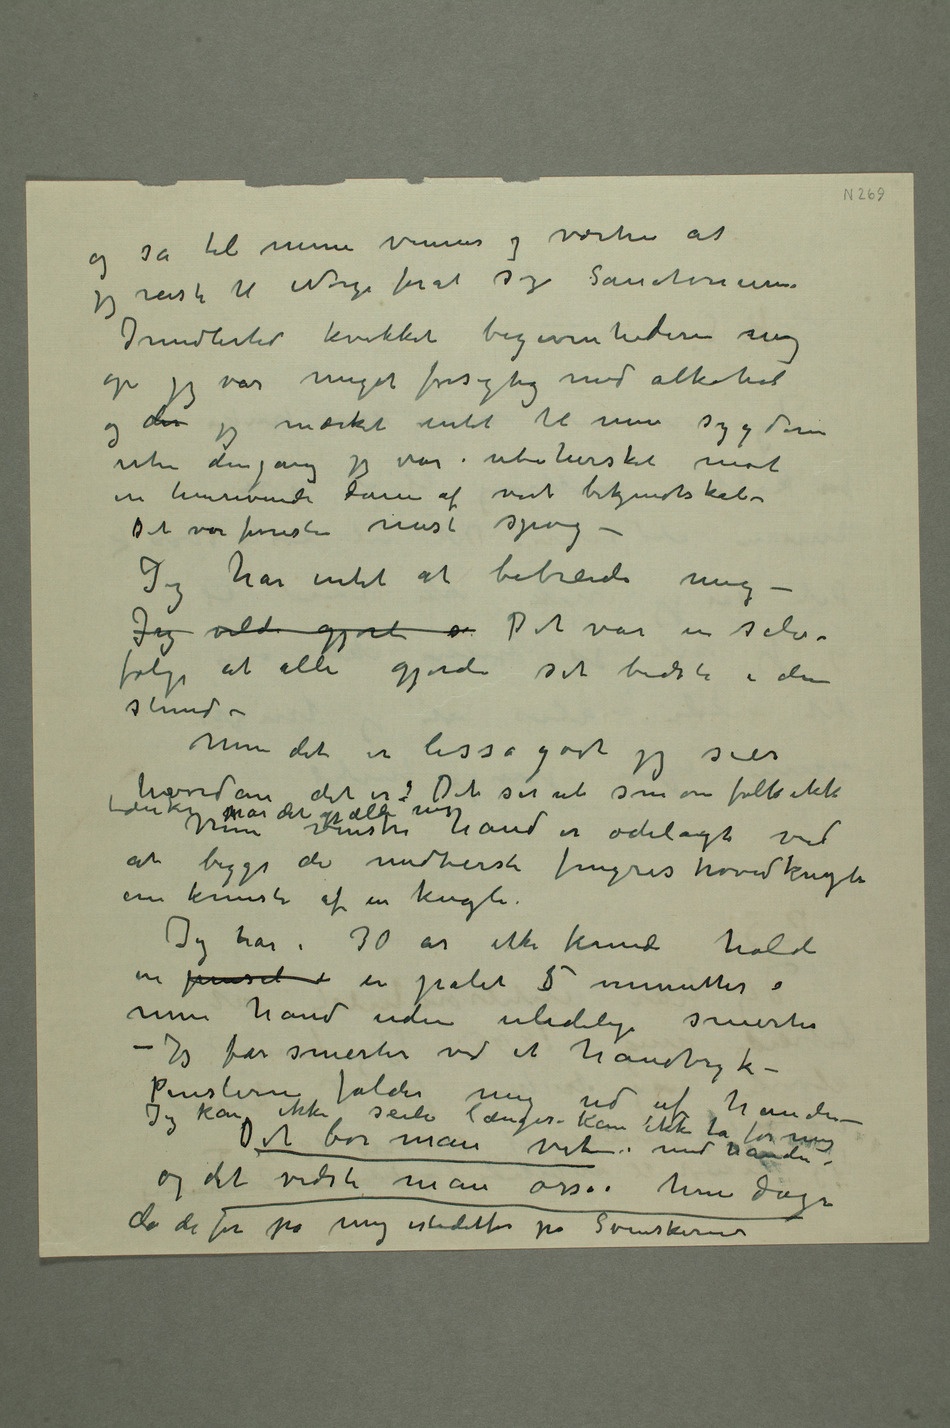
og sa til mine venner og værter
at jeg reiste til Norge forat søge sanatorium.
Imidlertid kvikket begivenhederne mig
op jeg var meget forsigtig med alkohol
og der jeg mærket intet til min sygdom
uten dengang jeg var ubehersket mot
en henrivende dame af vort bekjendtskab –
Det var forresten mest spøg –
Jeg har intet at bebreide mig –
Jeg vilde gjort s Det var en selv-
følge at alle gjorde sit bedste i den
stund –
Men det er lisså godt jeg sier
hvordan det er.: Det ser ut som om folk ikke
tænker når det gjælder mig Min venstre hånd er ødelagt ved
at begge de midterste fingres hovedkugle
Jeg har i 30 år ikke kunde holde
en pensel i en palet 5 minutter i
min hånd uden ulidelige smerter –
Jeg får smerter ved et håndtryk
– Penslerne falder mig
og det vidste man osså i hine dage
da de for på mig istedetfor på Svenskerne